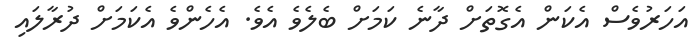
އަހަރުވެސް އެކަން އެގޮތަށް ދާނެ ކަމަށް ބެލެވެ އެވެ. އެހެންވެ އެކަމަށް ދުރާލައި